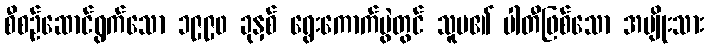
စီစဉ်ဆောင်ရွက်သော ၁၉၉၀ ခုနှစ် ရွေးကောက်ပွဲတွင် သူမ၏ ပါတီဖြစ်သော အမျိုးသား